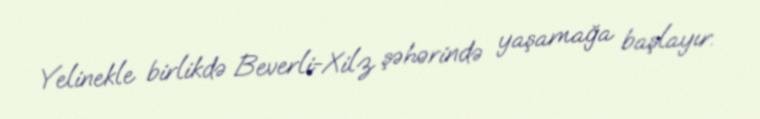
Yelinekle birlikdə Beverli-Xilz şəhərində yaşamağa başlayır.